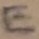
Text: E